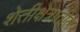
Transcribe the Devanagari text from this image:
शेतीक्षेत्रातील